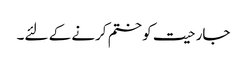
جارحیت کو ختم کرنے کے لئے۔